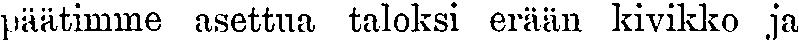
päätimme asettua taloksi erään kivikko ja